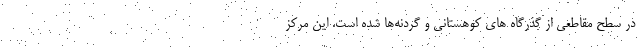
در سطح مقاطعی از گذرگاه های کوهستانی و گردنه‌ها شده است. این مرکز